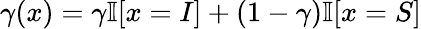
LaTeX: \gamma(x)=\gamma\mathbb{I}[x=I]+(1-\gamma)\mathbb{I}[x=S]